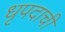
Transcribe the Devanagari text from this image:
धृपदाची